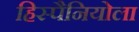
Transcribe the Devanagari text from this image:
हिस्पैनियोला